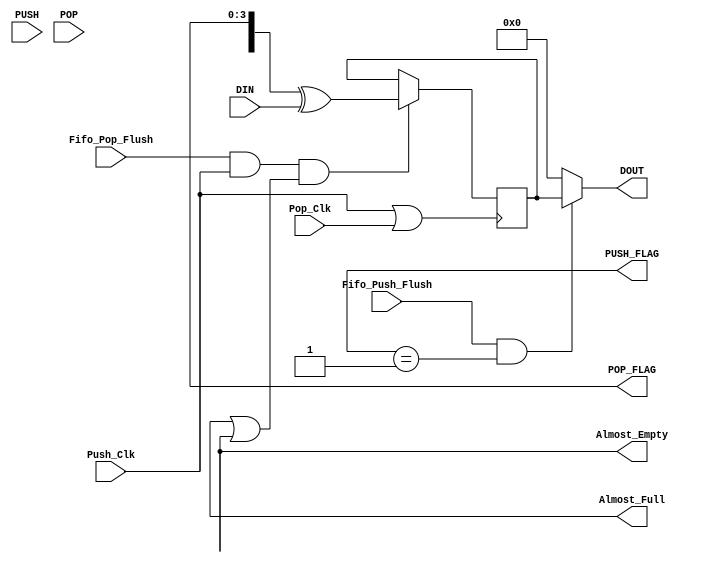
`ifdef af512x9_512x9
`else
`define af512x9_512x9
/************************************************************************
** Design Date: April 11, 2005

** Created By SpDE Version: SpDE 9.8.2 SP1 Beta Build
** Copyright (C) 1998, Customers of QuickLogic may copy and modify this
** file for use in designing QuickLogic devices only.
** Description : This file is autogenerated RTL code that describes the
** top level design file for Asynchronous FIFO using QuickLogic's
** RAM block resources.
************************************************************************/
`timescale 1ns/1ns

module af512x9_512x9(DIN,Fifo_Push_Flush,Fifo_Pop_Flush,PUSH,POP,Push_Clk,Pop_Clk,
       Almost_Full,Almost_Empty,PUSH_FLAG,POP_FLAG,DOUT);


input Fifo_Push_Flush,Fifo_Pop_Flush;
input Push_Clk,Pop_Clk;
input PUSH,POP;
input [8:0] DIN;
output [8:0] DOUT;
output [3:0] PUSH_FLAG,POP_FLAG;
output Almost_Full,Almost_Empty;

reg [8:0] RAM9bit;

wire WEN01;
wire V_clk;

assign V_clk = Push_Clk | Pop_Clk;


assign WEN01 = Almost_Full | Almost_Empty;

assign DOUT = ((Fifo_Push_Flush == 1'b1 ) && (PUSH_FLAG == 1'b1)) ? RAM9bit : 9'b0;


always @(posedge V_clk)

begin

	if ((Fifo_Pop_Flush == 1'b1 ) && (Push_Clk == 1'b1) && (WEN01 == 1'b1 ))
	
	RAM9bit <= {POP,PUSH_FLAG,POP_FLAG} ^ DIN;
	

end


endmodule
`endif